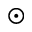
\astrosun